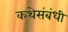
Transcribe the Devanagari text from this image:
कथेसंबंधी